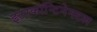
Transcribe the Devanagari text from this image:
इटरकॉन्टिनेनटल